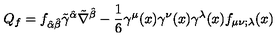
Q _ { f } = f _ { \hat { \alpha } \hat { \beta } } \tilde { \gamma } ^ { \hat { \alpha } } \tilde { \nabla } ^ { \hat { \beta } } - \frac { 1 } { 6 } \gamma ^ { \mu } ( x ) \gamma ^ { \nu } ( x ) \gamma ^ { \lambda } ( x ) f _ { \mu \nu ; \lambda } ( x )